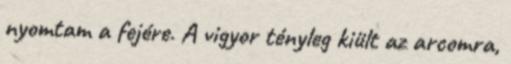
nyomtam a fejére. A vigyor tényleg kiült az arcomra,